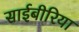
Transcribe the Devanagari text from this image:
साईबीरिया